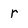
Character: r